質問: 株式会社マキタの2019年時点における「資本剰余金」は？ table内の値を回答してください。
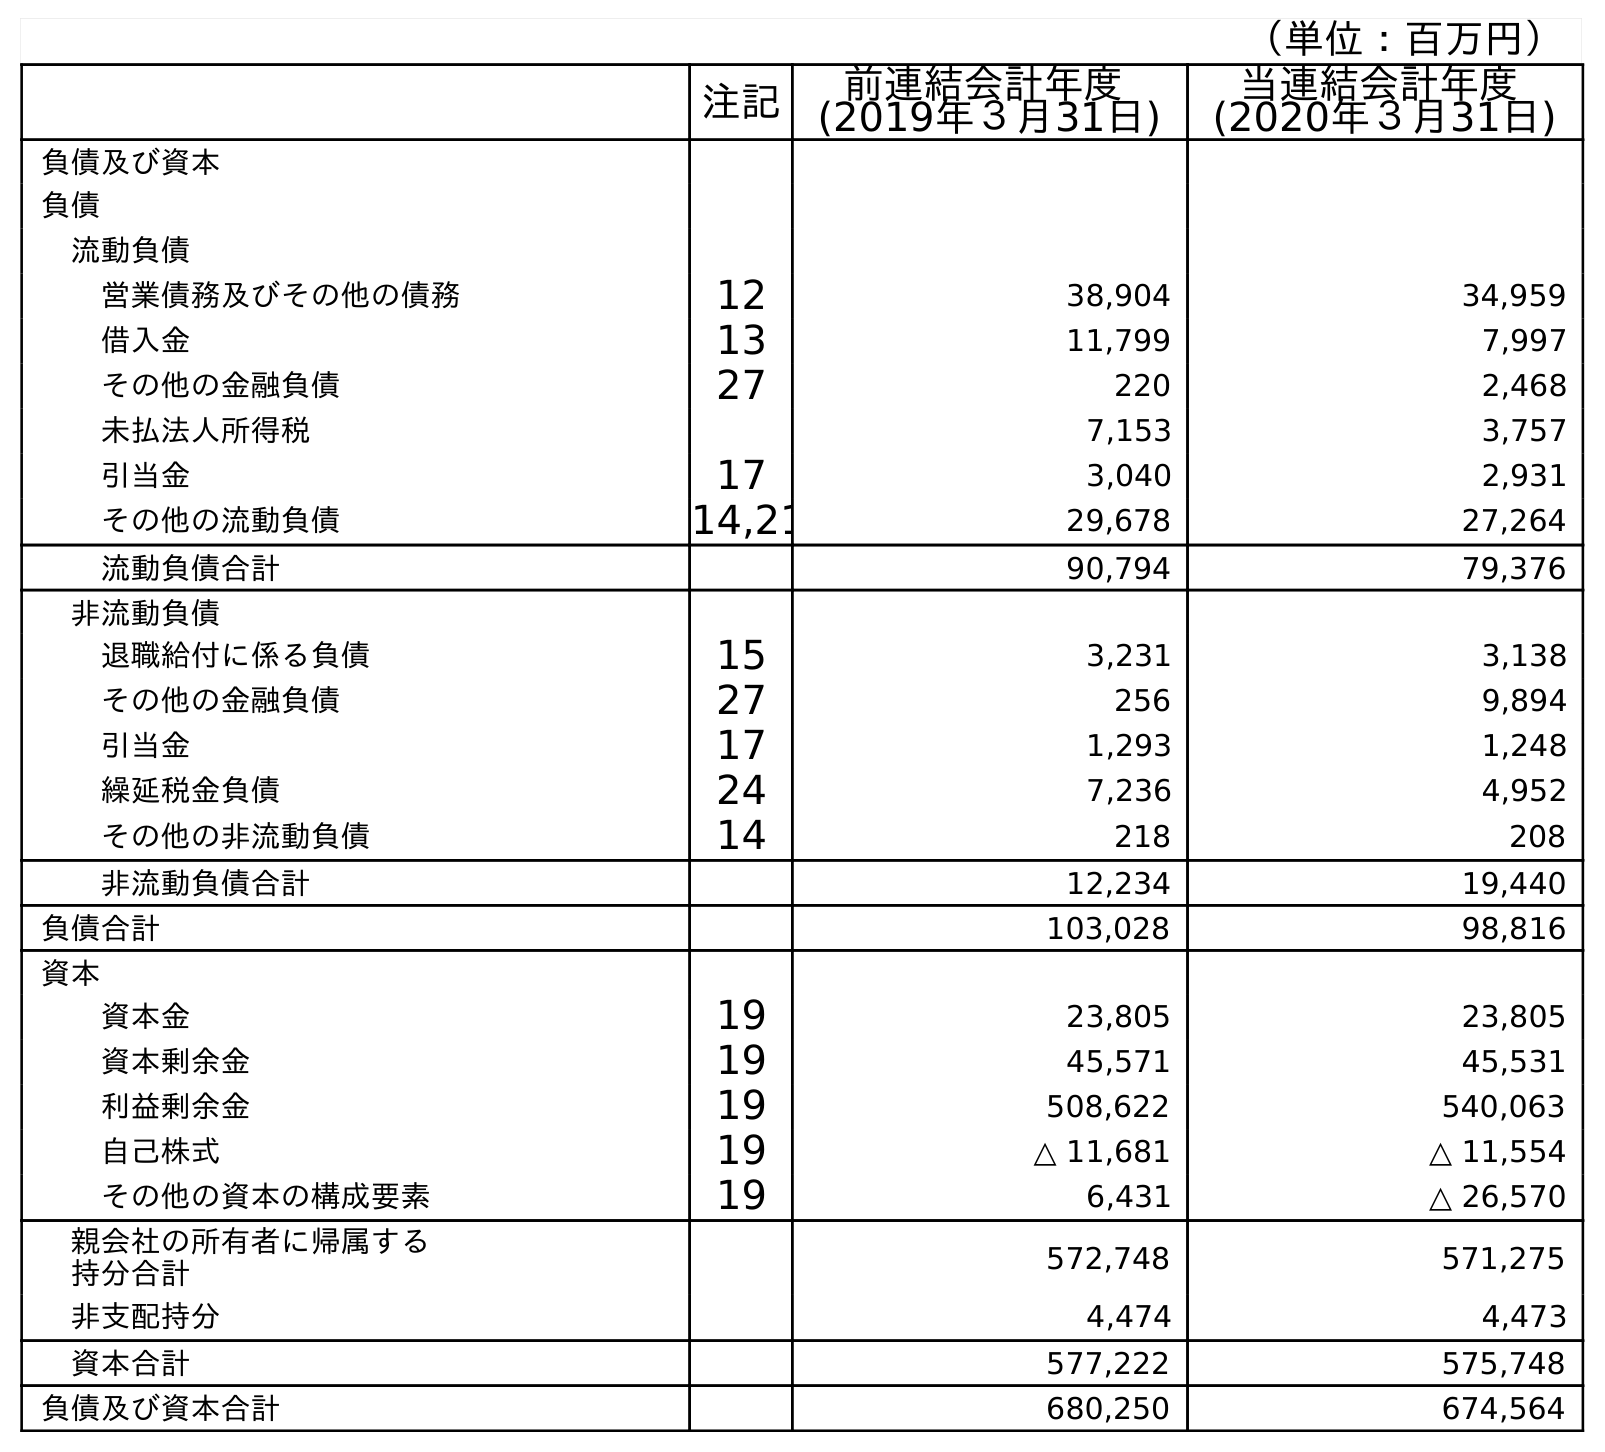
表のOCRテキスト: （単位：百万円） 注記 前連結会計年度 (2019年３月31日) 当連結会計年度 (2020年３月31日) 負債及び資本 負債 流動負債 営業債務及びその他の債務 12 38,904 34,959 借入金 13 11,799 7,997 その他の金融負債 27 220 2,468 未払法人所得税 7,153 3,757 引当金 17 3,040 2,931 その他の流動負債 14,21 29,678 27,264 流動負債合計 90,794 79,376 非流動負債 退職給付に係る負債 15 3,231 3,138 その他の金融負債 27 256 9,894 引当金 17 1,293 1,248 繰延税金負債 24 7,236 4,952 その他の非流動負債 14 218 208 非流動負債合計 12,234 19,440 負債合計 103,028 98,816 資本 資本金 19 23,805 23,805 資本剰余金 19 45,571 45,531 利益剰余金 19 508,622 540,063 自己株式 19 △ 11,681 △ 11,554 その他の資本の構成要素 19 6,431 △ 26,570 親会社の所有者に帰属する 持分合計 572,748 571,275 非支配持分 4,474 4,473 資本合計 577,222 575,748 負債及び資本合計 680,250 674,564
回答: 45,571